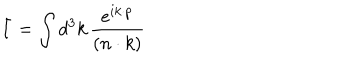
LaTeX: \bar { I } = \int d ^ { 3 } k \, { \frac { e ^ { i k \cdot p } } { ( n \cdot k ) } }